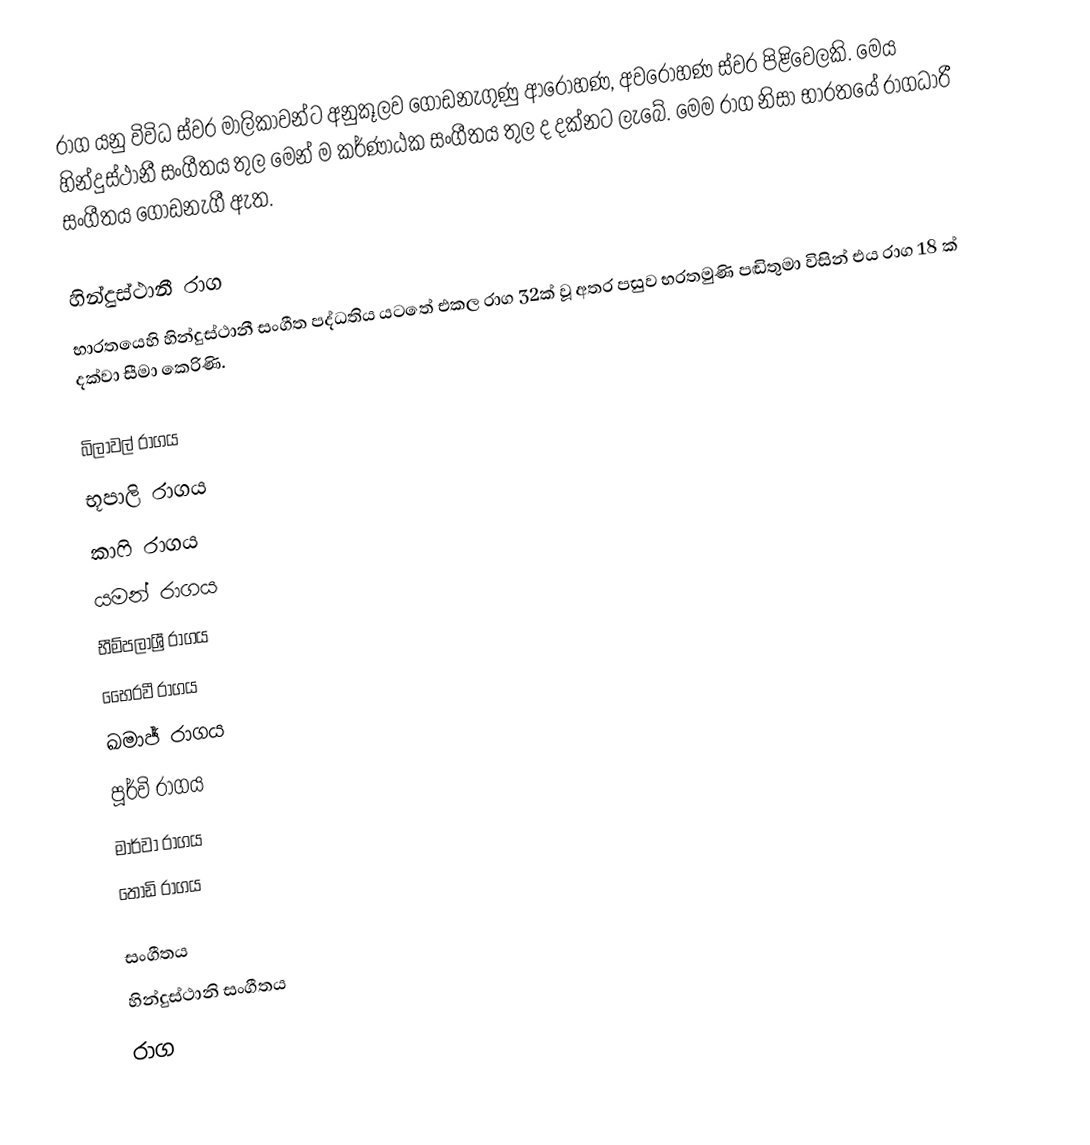
රාග යනු විවිධ ස්වර මාලිකාවන්ට අනුකූලව ගොඩනැගුණු ආරෝහණ, අවරෝහණ ස්වර පිළිවෙලකි. මෙය හින්දුස්ථානී සංගීතය තුල මෙන් ම කර්ණාඨක සංගීතය තුල ද දක්නට ලැබේ. මෙම රාග නිසා භාරතයේ රාගධාරී සංගීතය ගොඩනැගී ඇත.

හින්දුස්ථානී රාග
භාරතයෙහි හින්දුස්ථානී සංගීත පද්ධතිය ය‍ටතේ එකල රාග 32ක් වූ අතර පසුව භරතමුණි පඬිතුමා විසින් එය රාග 18 ක් දක්වා සීමා කෙරිණි.

 බිලාවල් රාගය
 භූපාලි රාගය
 කාෆි රාගය
 යමන් රාගය
 භීම්පලාශ්‍රී රාගය
 භෛරවී රාගය
 ඛමාජ් රාගය
 පූර්වි රාගය
 මාර්වා රාගය
 තෝඩි රාගය

සංගීතය
හින්දුස්ථානි සංගීතය
රාග